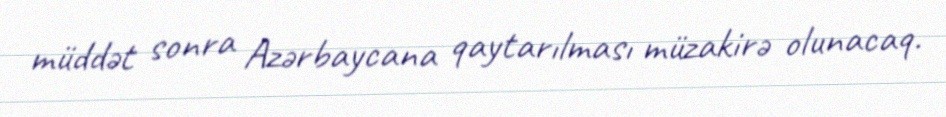
müddət sonra Azərbaycana qaytarılması müzakirə olunacaq.